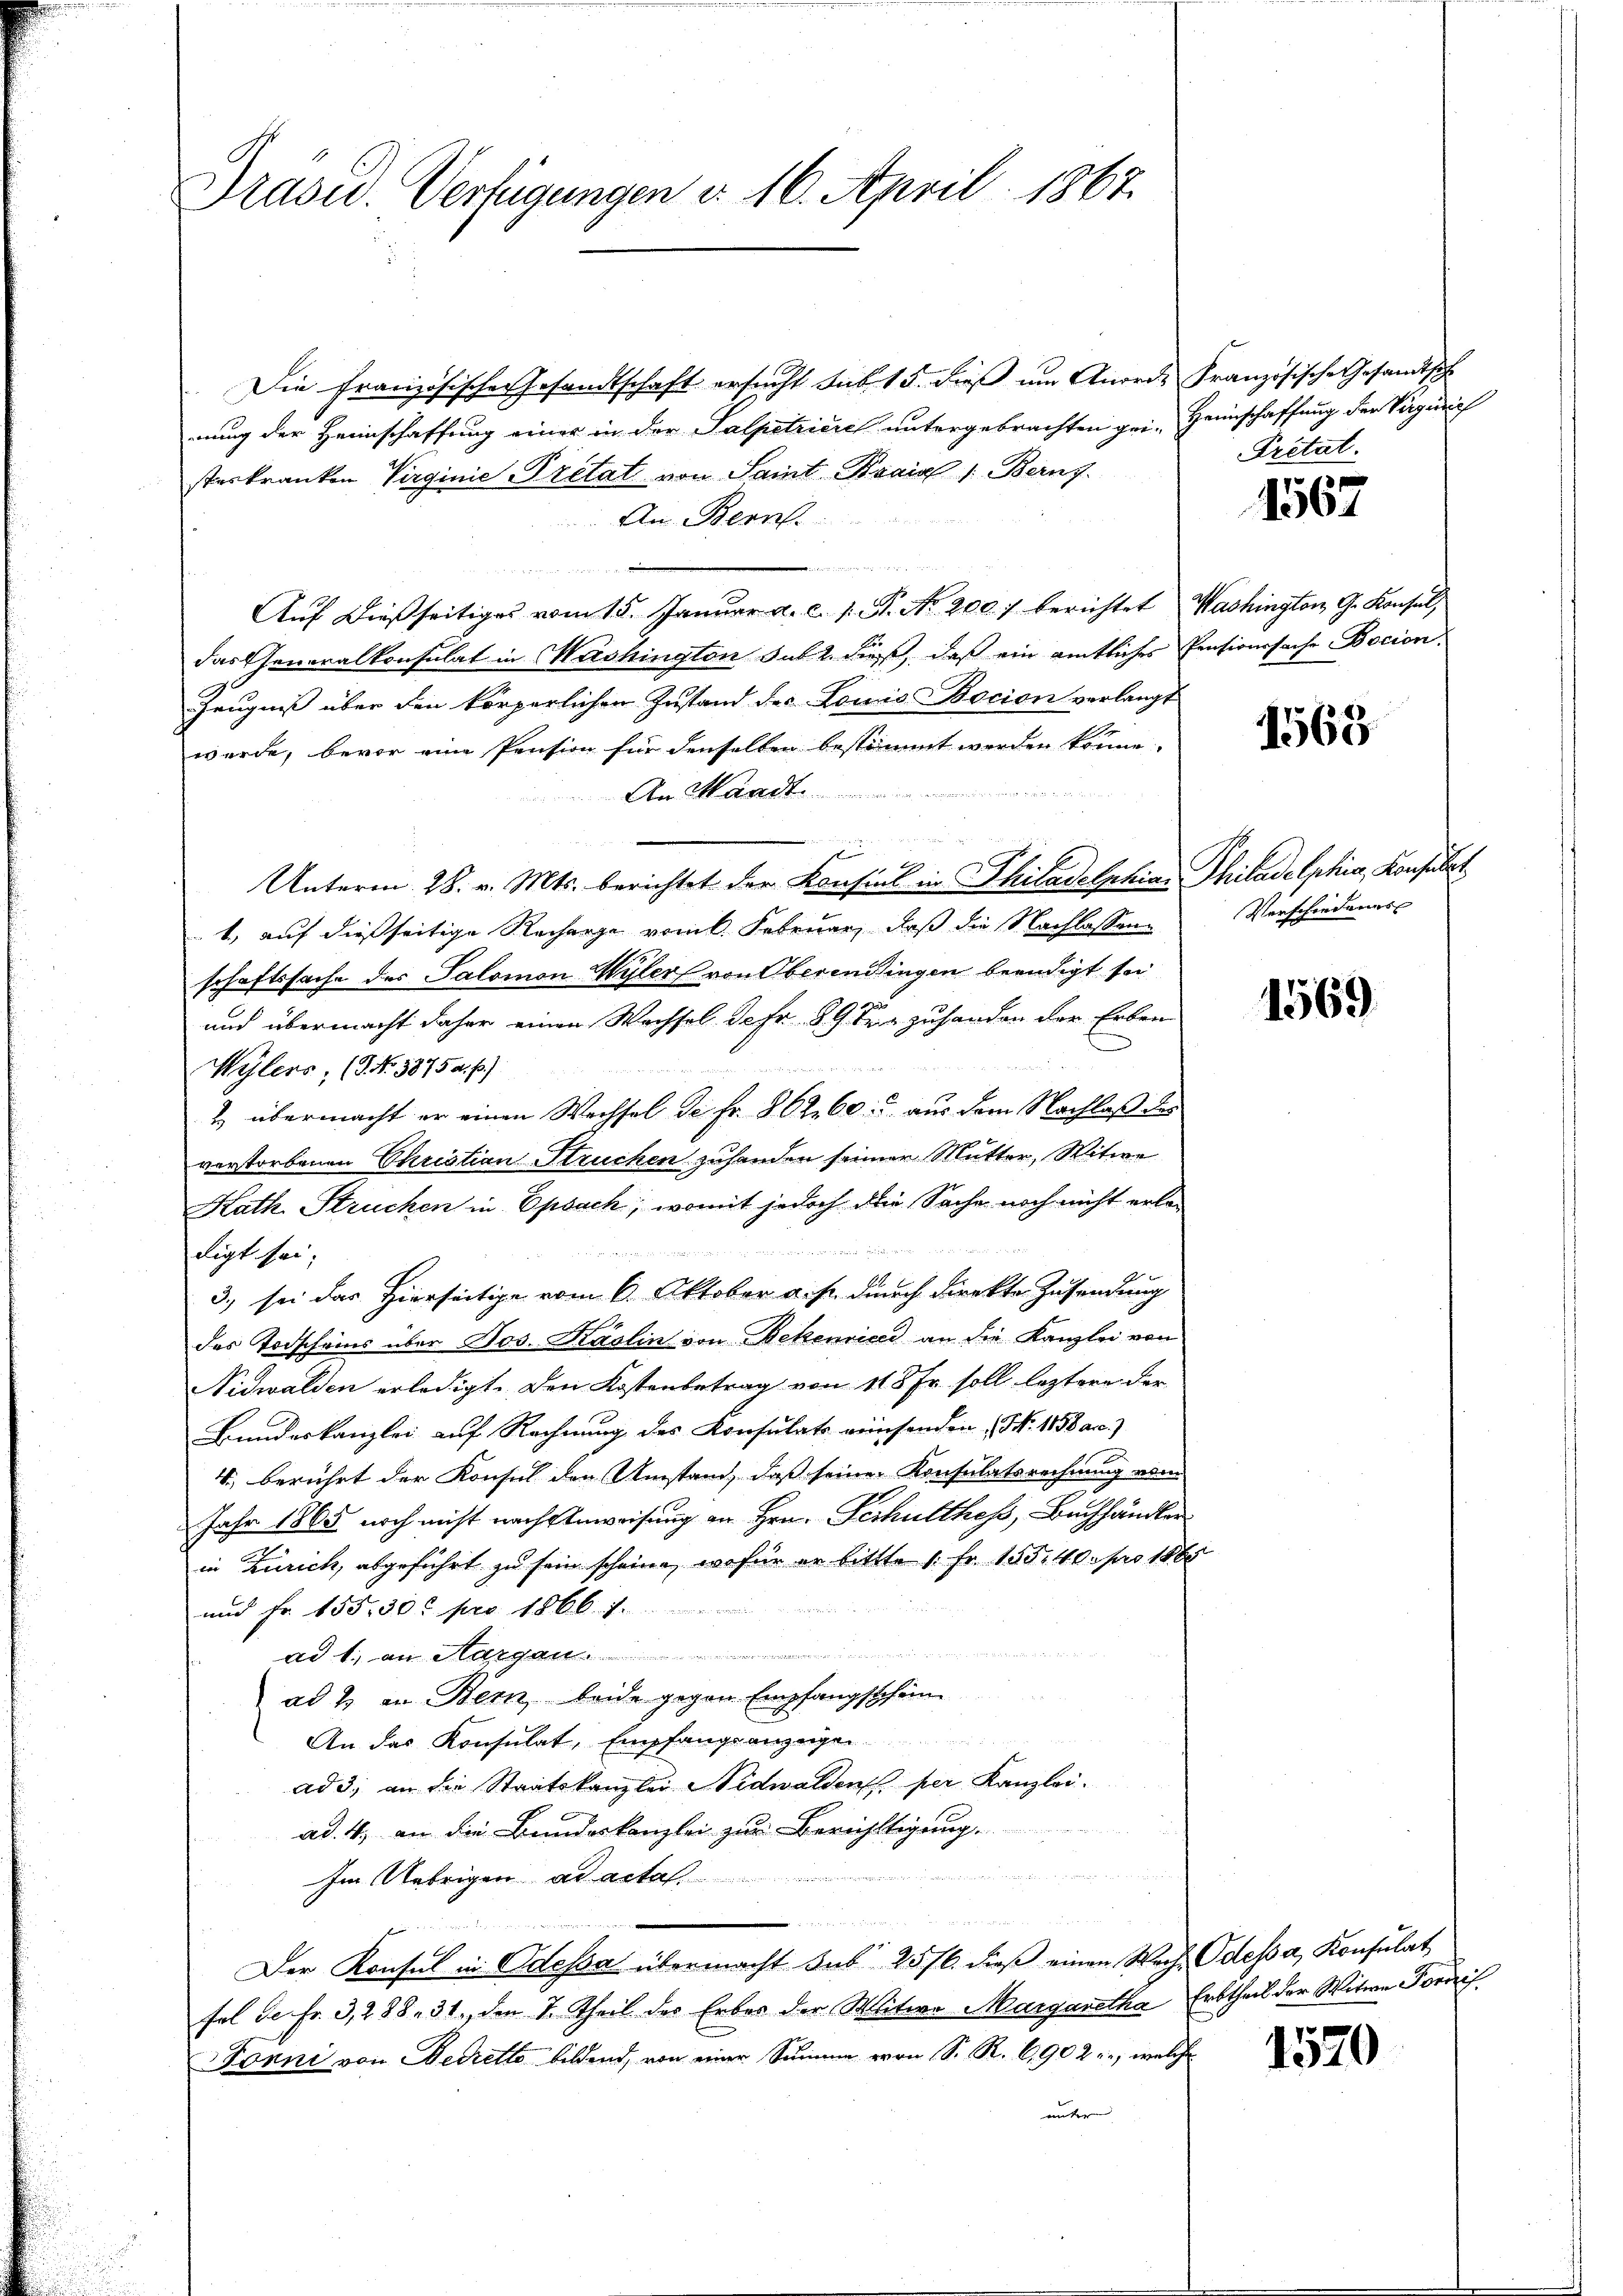
Drasu. Verfügungen d. 16. April 1867.

Die Französischen Gesandtschaft ersucht sub 15. dieß um Anords Französische Gesandtsch
nung der Heimschaffung einer in der Salpetriere untergebrachten gei-Heimschaffung der Vergerich
steskranken Virginie Pretat von Saint-Krais 1. Berns.
An Bern.
i
a
Auf dießseitiges vom 15. Januar a. c. s. St. No. 200. berichtet Washington G. Konsul
das Generalkonsulat in Washington sub. 2. dieß, daß ein amtliches Pensionssache Bocion
Zeugniß über den körperlichen Zustand des Louis Bocion verlangt
werde, bevor eine Pension für denselben bestimmt werden könne.
An Mandt
z
Unterm 28. v. Mts. berichtet der Konsint in Philadelphiae Philadelphia, Konsulat
1, auf dießseitige Recharge vom k. Februar, daß die Nachlassen
schaftssache des Salomon Wyler von Oberendingen beendigt sei
und übermacht daher einen Wachsel d. Fr. 89 Rp. zuhanden der Erben
Wylers, (1 No 3875 a. p.)
2 übermacht er einen Wechsel de Fr. 262. 60. aus dem Nachlaß des
verstorbenen Christian Struchen zuhanden seiner Mutter, Witwe
Kath. Strucken in Epsach, womit jedoch die Sache noch nicht erla¬
 wenn der ver

digt sei;
3.) sei das Hierseitige vom 6. Oktober a. p. durch direkte Zusendung
des Todscheins über Jos. Käslin von Bekenrices an die Kanzlei von
Nidwalden erledigt. Den Kostenbetrag von 118 Fr. soll leztere der
Bundeskanzlei auf Rechnung des Konsulats reinsenden (N. 1158 acc.)
4., berührt der Konsul den Umstand, daß seine Konsulatsrechnung vom
Jahr 1865 noch nicht nach Anweisung an Hrn. Schultheß, Buchhändler
in Zürich, abgeführt zu sein scheine, wofür er bittte 1. Fr. 155.40 pro 1860
und Fr. 155. 30t pro 1866.
Ad A. an Margau
ad & an Bern, beide gegen Empfangsschein
An das Konsulat, Empfangsanzeigen
ad 3. an die Staatskanzlei Nidwalden per Kanzlei.
ad. 4, an die Bundeskanzlei zur Berichtigung
t
e
Im Uebrigen ad acta
0
e
d
Der Konsul in Odessa übermacht Sub 25/6. dieβ einen Wech Odessa, Konsulat
fal de Fr. 3, 288. 31. den 7. Theil des Erbes der Mitwe Margaretha, Erbtheil der Witwe Fordes
Fonni von Bedrette bildend, von einer Summe von S. R. C,902 u., welche
unteren |

Britat.

1567

1563

Verschiedens

1569

1520